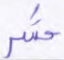
حشر